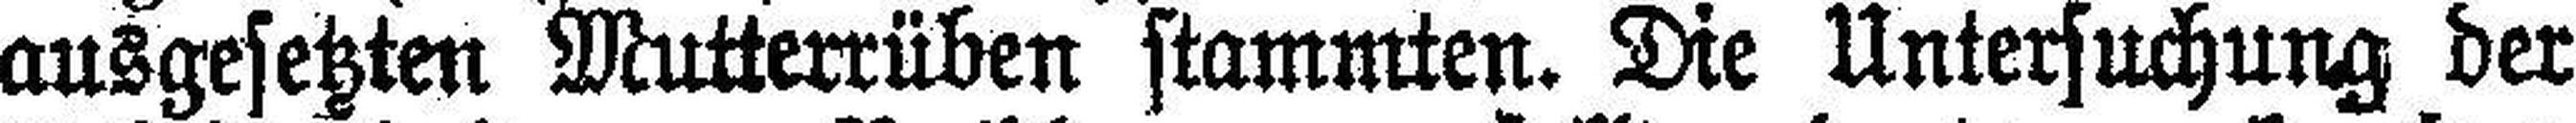
ausgesetzten Mutterrüben stammten. Die Untersuchung der